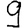
Digit: 9